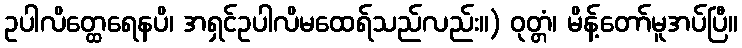
ဥပါလိတ္ထေရေနပိ၊ အရှင်ဥပါလိမထေရ်သည်လည်း။) ဝုတ္တံ၊ မိန့်တော်မူအပ်ပြီ။